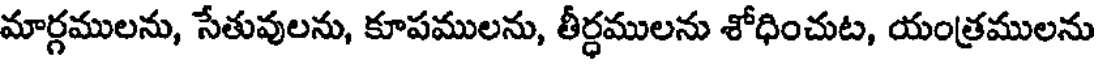
మార్గములను, సేతువులను, కూపములను, తీర్ధములను శోధించుట, యంత్రములను